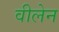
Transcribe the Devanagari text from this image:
वीलेन